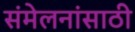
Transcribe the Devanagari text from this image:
संमेलनांसाठी